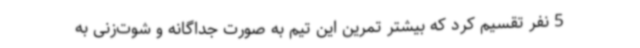
5 نفر تقسیم کرد که بیشتر تمرین این تیم به صورت جداگانه و شوت‌زنی به